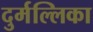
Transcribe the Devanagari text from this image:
दुर्मल्लिका